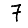
Digit: 7